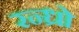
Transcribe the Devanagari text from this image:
रन्ध्रो